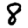
Digit: 8